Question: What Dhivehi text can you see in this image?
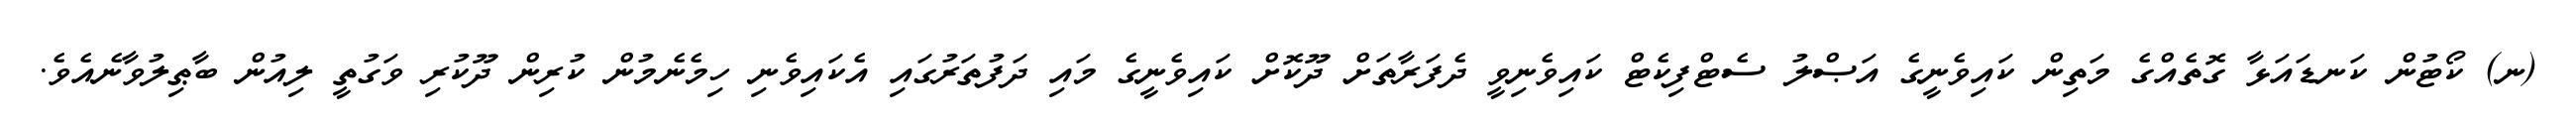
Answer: (ނ) ކޯޓުން ކަނޑައަޅާ ގޮތެއްގެ މަތިން ކައިވެނީގެ އަޞްލު ސެޓްފިކެޓް ކައިވެނިވީ ދެފަރާތަށް ދޫކޮށް ކައިވެނީގެ މައި ދަފުތަރުގައި އެކައިވެނި ހިމެނެމުން ކުރިން ދޫކުރި ވަގުތީ ލިއުން ބާޠިލުވާނެއެވެ.